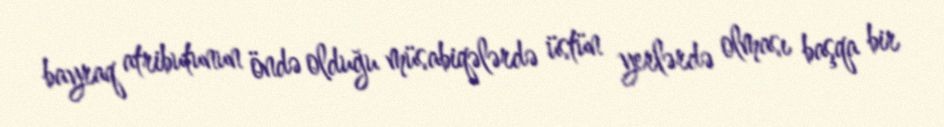
bayraq atributunun öndə olduğu müsabiqələrdə üstün yerlərdə olması başqa bir